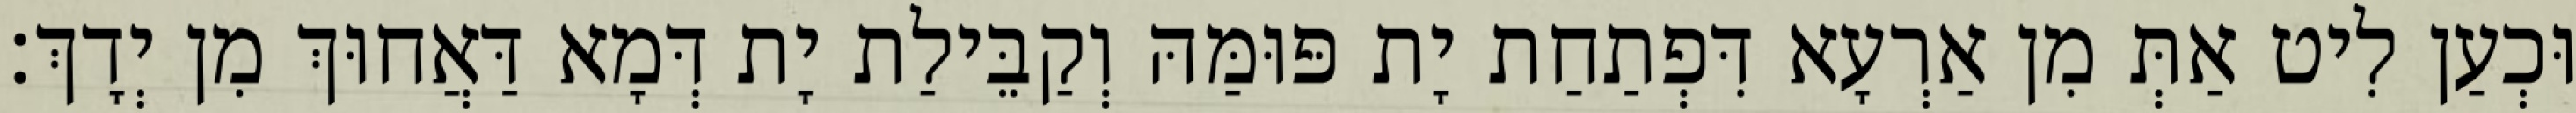
וּכְעַן לִיט אַתְּ מִן אַרְעָא דִּפְתַחַת יָת פּוּמַּהּ וְקַבֵּילַת יָת דְּמָא דַּאֲחוּךְ מִן יְדָךְ׃